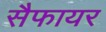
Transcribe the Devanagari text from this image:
सैफायर